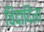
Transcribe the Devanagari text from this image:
चिदादित्य